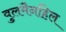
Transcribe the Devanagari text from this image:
वुलमैनहिल